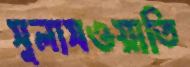
সুলাসওয়াতি